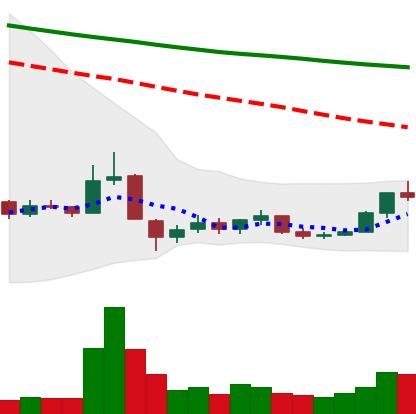
Ticker: BNB-USD
Chart end date: 2018-12-19
Forward return: 11.891%
Label: up_7plus